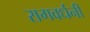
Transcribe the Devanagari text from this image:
रागवर्धनी